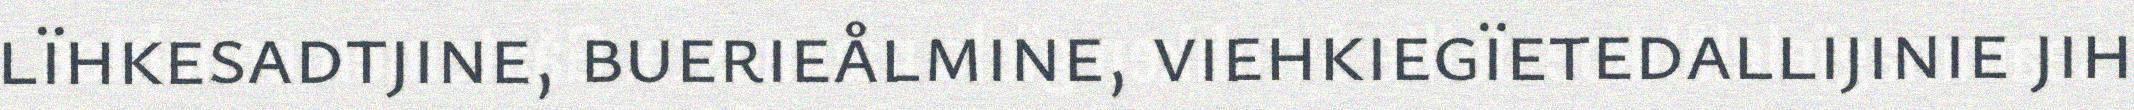
lïhkesadtjine, buerieålmine, viehkiegïetedallijinie jih